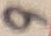
Text: 9